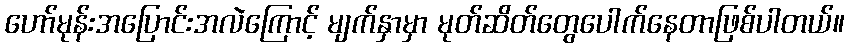
ဟော်မုန်းအပြောင်းအလဲကြောင့် မျက်နှာမှာ မုတ်ဆိတ်တွေပေါက်နေတာဖြစ်ပါတယ်။